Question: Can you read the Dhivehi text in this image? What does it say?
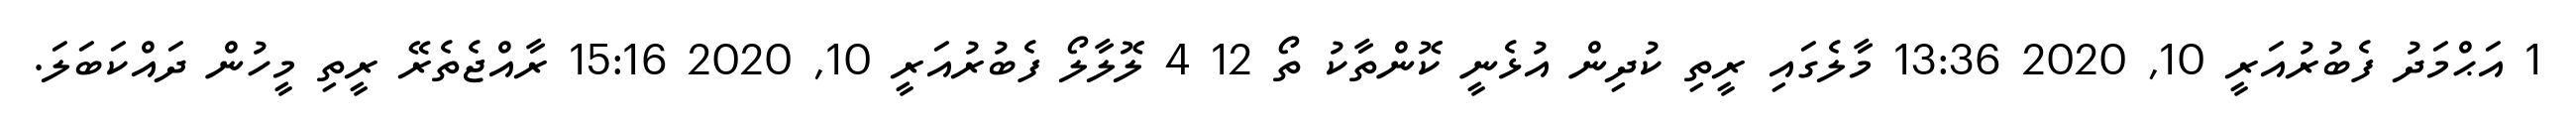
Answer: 1 އަޙްމަދު ފެބުރުއަރީ 10, 2020 13:36 މާލެގައި ރީތި ކުދިން އުޅެނީ ކޮންތާކު ތޯ 12 4 ލޮލާލޯ ފެބުރުއަރީ 10, 2020 15:16 ރާއްޖެތެރޭ ރީތި މީހުން ދައްކަބަލަ.